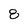
Character: 8